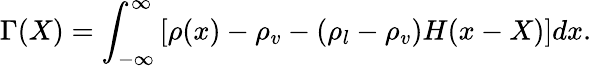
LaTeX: \Gamma(X)=\int_{-\infty}^{\infty}\left[\rho(x)-\rho_{v}-(\rho_{l}-\rho_{v})H(x-X)\right]dx.